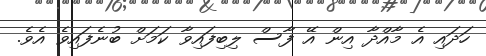
ހަދައި އެ މާއްދާ އިން އޭ ފާސް ލިބިފައިވާ ކަމަށް ބުނެފައިވެ އެވެ.